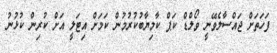
ފަހަތަށް ޖައްސާލެވޭނީ ވޯލްޑް ކަޕް ކާމިޔާބުކުރުމުން ކަމަށް އިޓަލީ އަށް ކުރިން ކުޅުނު